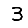
Digit: 3